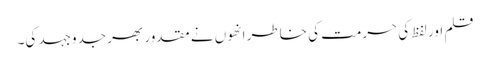
قلم اور لفظ کی حرمت کی خاطر انھوں نے مقدور بھر جدوجہد کی۔